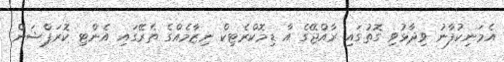
އެމަނިކުފާނު ވިދާޅުވި ގޮތުގައި ރާއްޖޭގެ އާ ޑިމޮކްރެޓިކް ނިޒާމެއްގެ ތެރޭގައި އެންޓި ކޮރަޕްޝަން